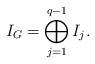
LaTeX: \begin{align*}I_G = \bigoplus_{j=1}^{q-1} I_j.\end{align*}